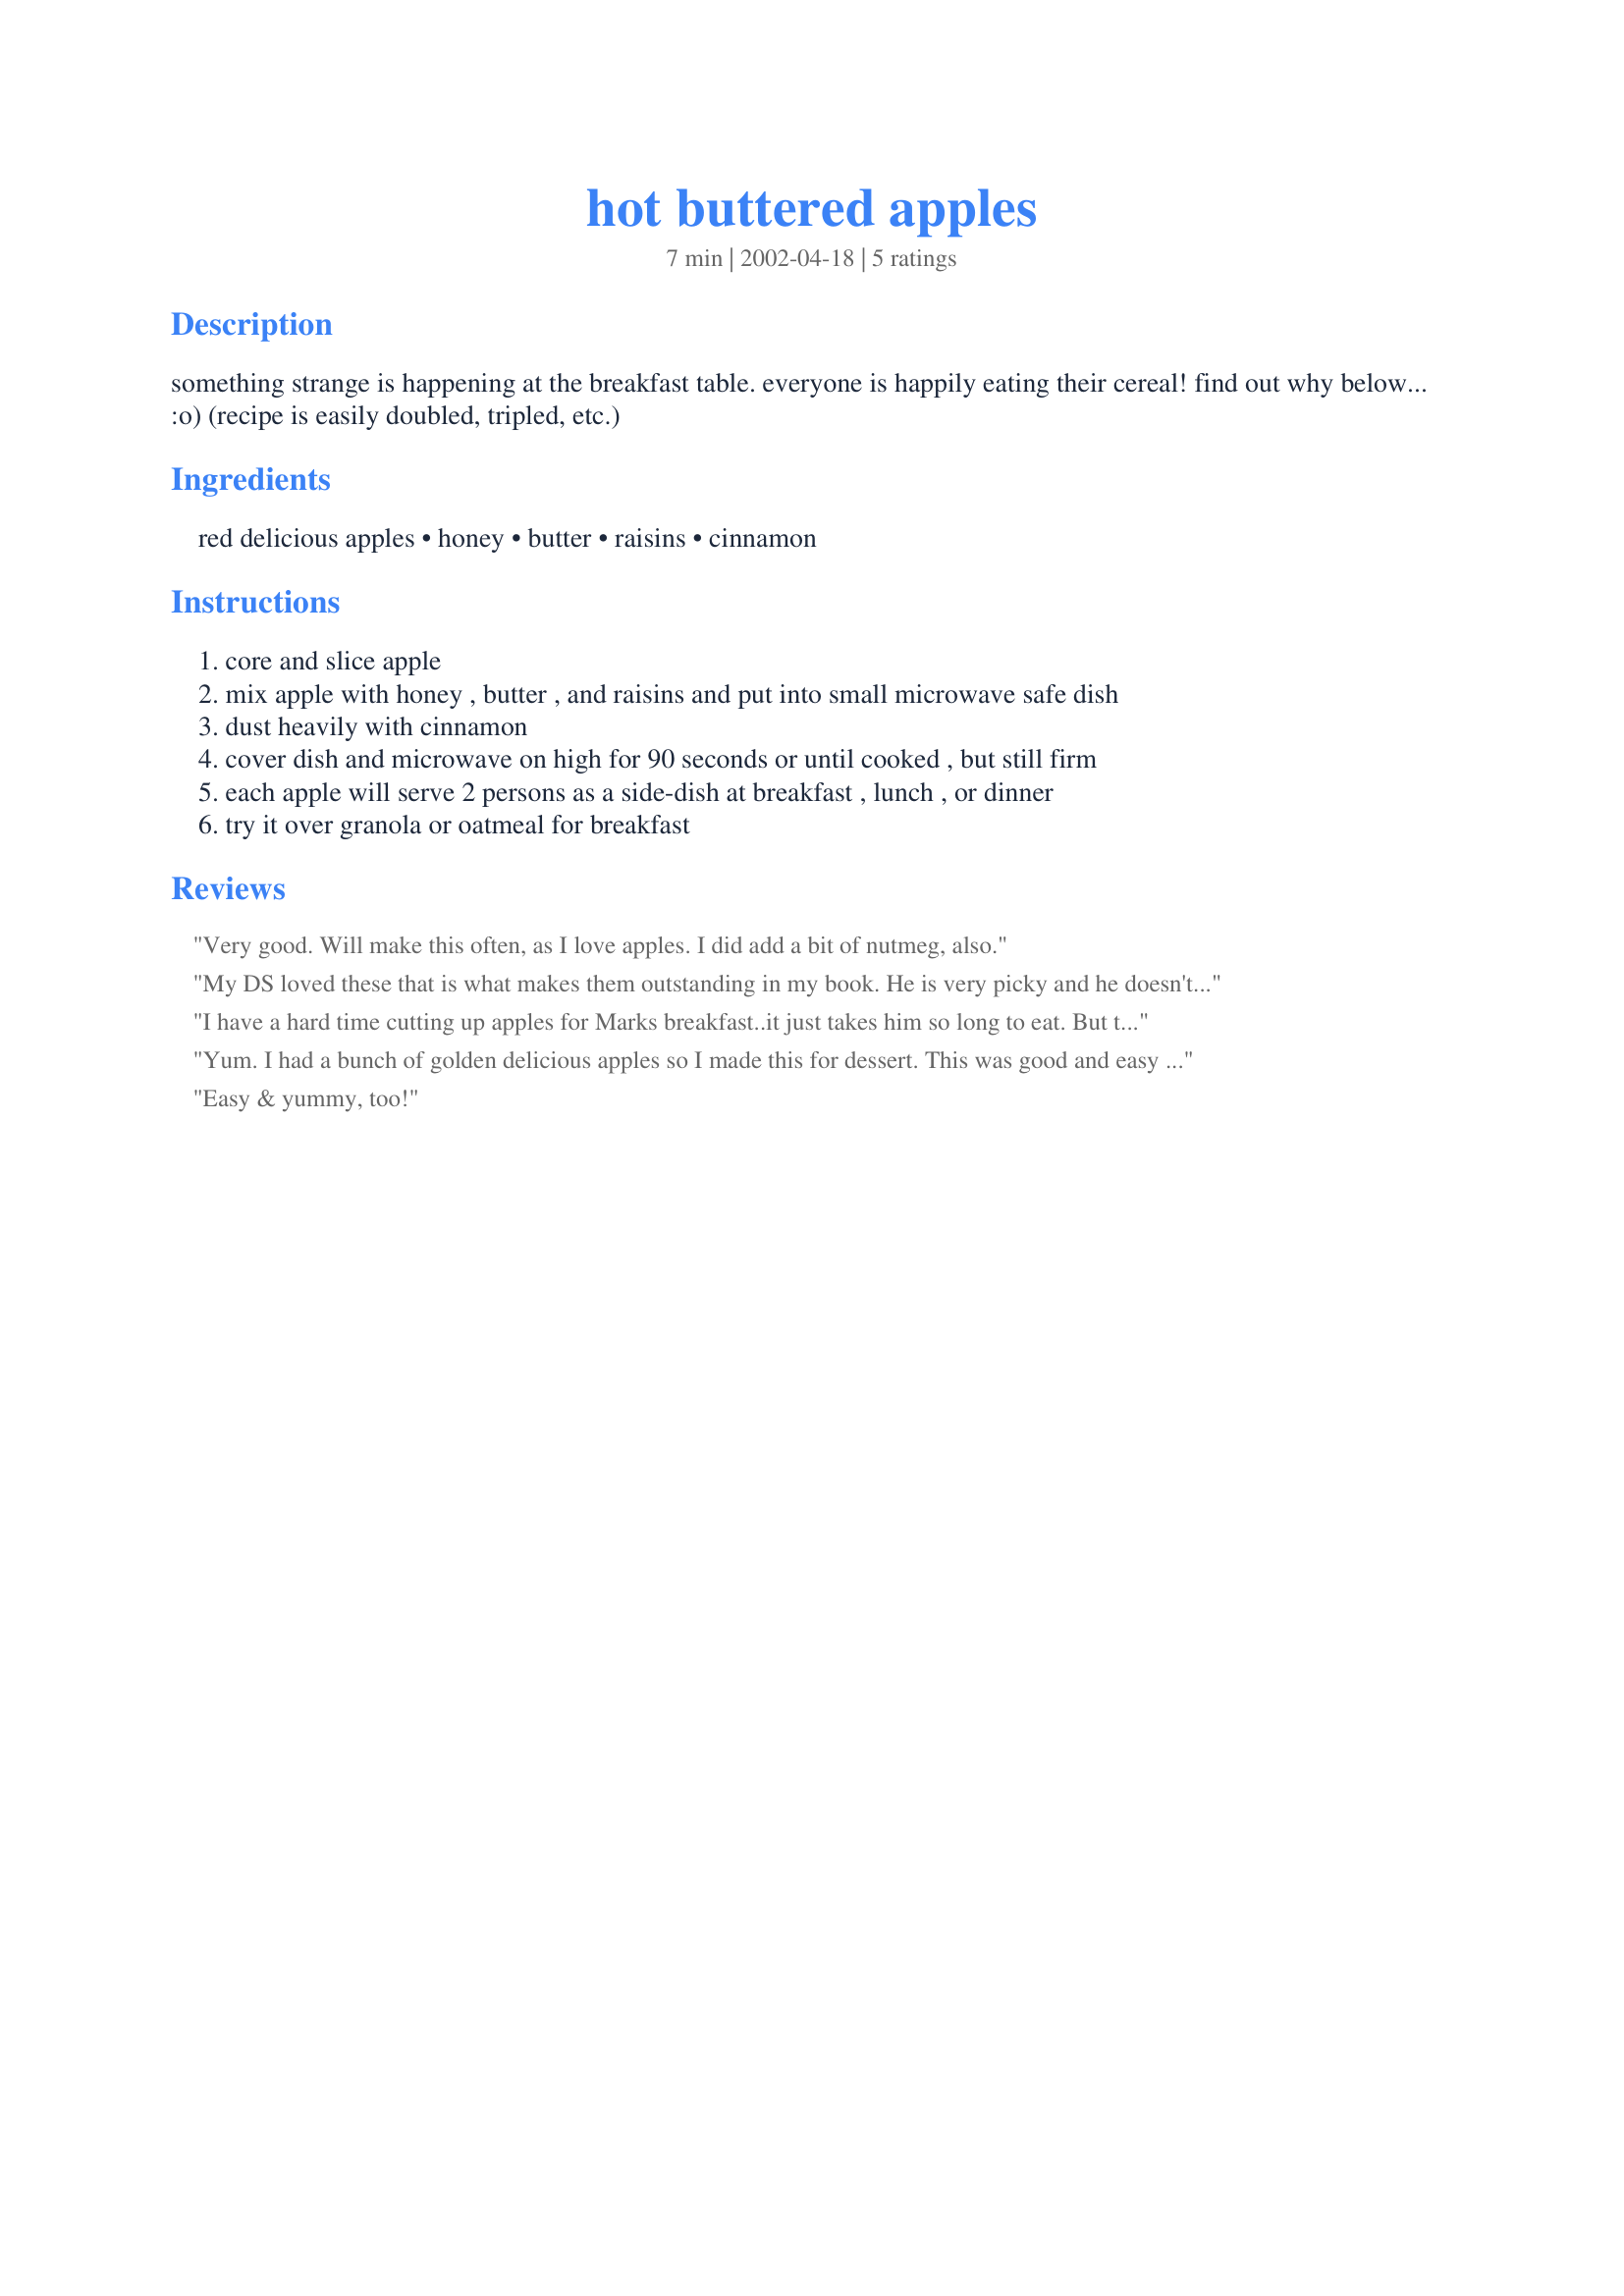
hot buttered apples
Preparation time: 7 minutes

something strange is happening at the breakfast table. everyone is happily eating their cereal! find out why below... :o) (recipe is easily doubled, tripled, etc.)

Ingredients:
red delicious apples, honey, butter, raisins, cinnamon

Steps:
core and slice apple
mix apple with honey , butter , and raisins and put into small microwave safe dish
dust heavily with cinnamon
cover dish and microwave on high for 90 seconds or until cooked , but still firm
each apple will serve 2 persons as a side-dish at breakfast , lunch , or dinner
try it over granola or oatmeal for breakfast

Reviews:
Very good. Will make this often, as I love apples. I did add a bit of nutmeg, also.
My DS loved these that is what makes them outstanding in my book. He is very picky and he doesn't like to try new things. But when he smelled these apples he came running. I left out the raisins but that was my personal perefence. They are very easy to put together and I am sure he can do this one on his own. Everything goes in the microwave so it doesn't heat up the kitchen on a hot day!! That's a plus for me. DS wanted all the sauce that was left in the bottom of the bowl. I will be making these again. Thanks for this wonderful recipe, Terri F.
I have a hard time cutting up apples for Marks breakfast..it just takes him so long to eat. But this is a for sure keeper..he ate it all and will make again for him.Thank You for helping me feed Mark good things.
Yum. I had a bunch of golden delicious apples so I made this for dessert. This was good and easy to make. Next time I would peel my apple (personal preference).
Easy & yummy, too!
